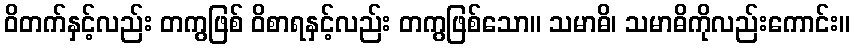
ဝိတက်နှင့်လည်း တကွဖြစ် ဝိစာရနှင့်လည်း တကွဖြစ်သော။ သမာဓိ၊ သမာဓိကိုလည်းကောင်း။